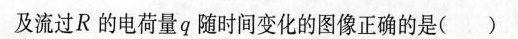
及流过R的电荷量q随时间变化的图像正确的是()